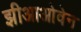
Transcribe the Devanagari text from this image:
झीआओवेन